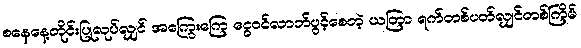
စနေနေ့တိုင်းပြုလုပ်လျှင် အကြွေးကြေ ငွေဝင်လာဘ်ပွင့်စေတဲ့ ယတြာ ရက်တစ်ပတ်လျှင်တစ်ကြိမ်